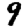
Digit: 9